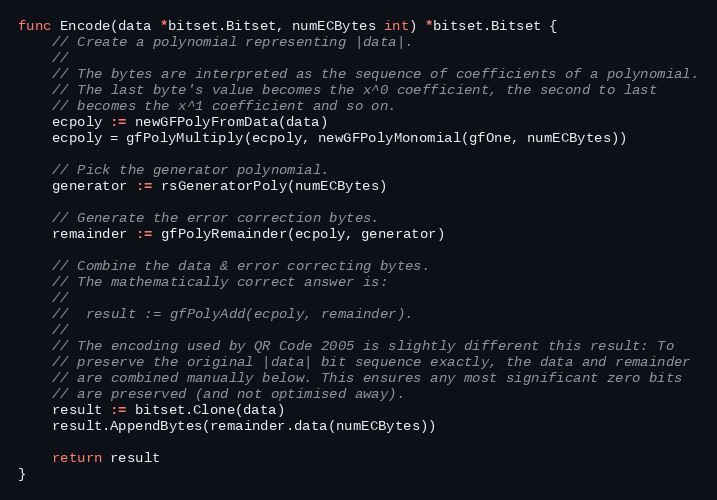
Language: Go
func Encode(data *bitset.Bitset, numECBytes int) *bitset.Bitset {
	// Create a polynomial representing |data|.
	//
	// The bytes are interpreted as the sequence of coefficients of a polynomial.
	// The last byte's value becomes the x^0 coefficient, the second to last
	// becomes the x^1 coefficient and so on.
	ecpoly := newGFPolyFromData(data)
	ecpoly = gfPolyMultiply(ecpoly, newGFPolyMonomial(gfOne, numECBytes))

	// Pick the generator polynomial.
	generator := rsGeneratorPoly(numECBytes)

	// Generate the error correction bytes.
	remainder := gfPolyRemainder(ecpoly, generator)

	// Combine the data & error correcting bytes.
	// The mathematically correct answer is:
	//
	//	result := gfPolyAdd(ecpoly, remainder).
	//
	// The encoding used by QR Code 2005 is slightly different this result: To
	// preserve the original |data| bit sequence exactly, the data and remainder
	// are combined manually below. This ensures any most significant zero bits
	// are preserved (and not optimised away).
	result := bitset.Clone(data)
	result.AppendBytes(remainder.data(numECBytes))

	return result
}